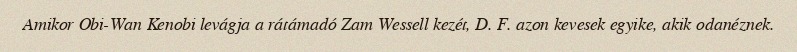
Amikor Obi-Wan Kenobi levágja a rátámadó Zam Wessell kezét, D. F. azon kevesek egyike, akik odanéznek.